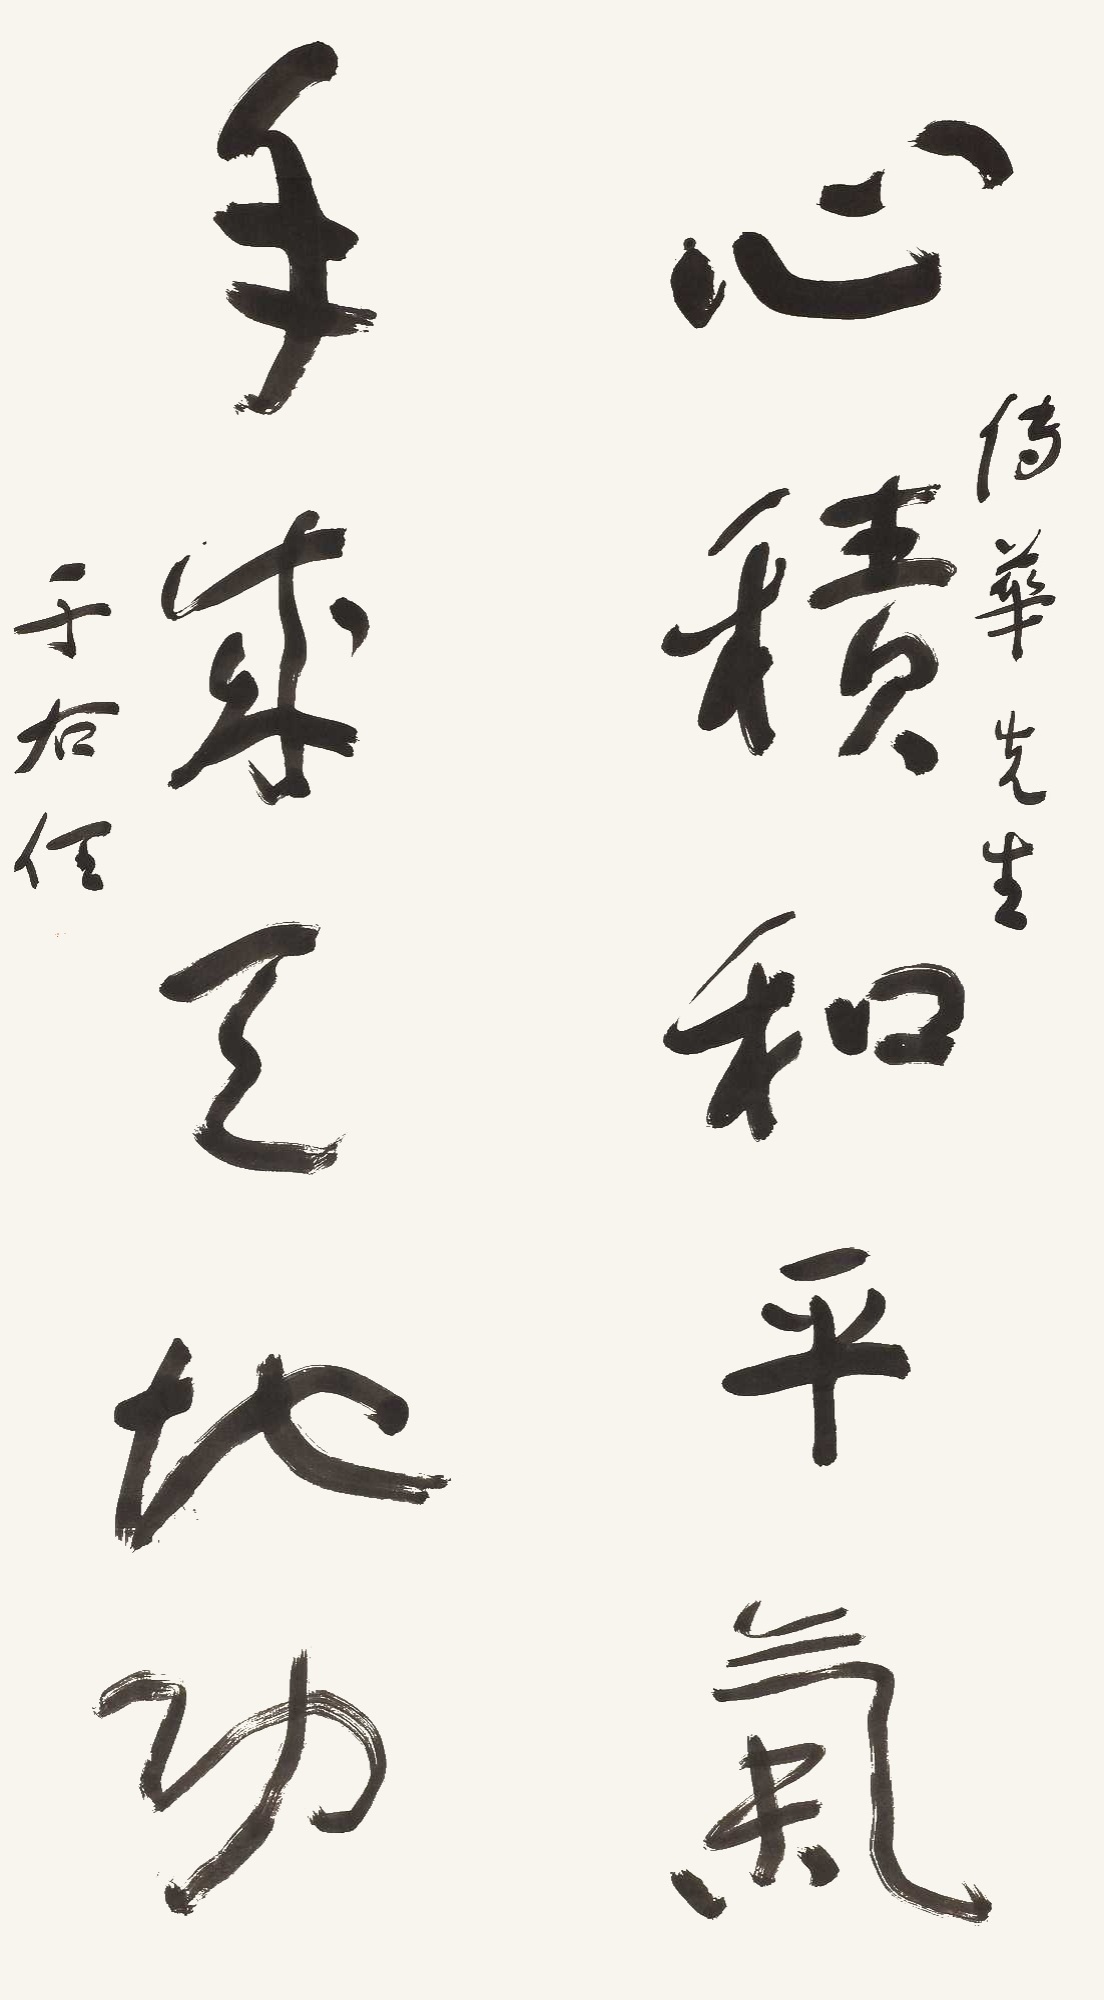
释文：心积和平气，手成天地功。传华先生。于右任。